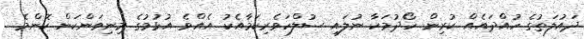
ދައުލަތުގެ ހުއްދައެއް ކުރިން ހޯދުމަކާ ނުލައި ސުލްހަވެރިކަމާއެކު އެއްވެ އުޅުމުގެ މިނިވަންކަން ކޮންމެ